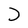
Character: D